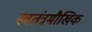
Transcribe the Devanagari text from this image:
स्वतंत्रमौखिक